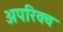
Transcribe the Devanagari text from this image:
अपरिक्व